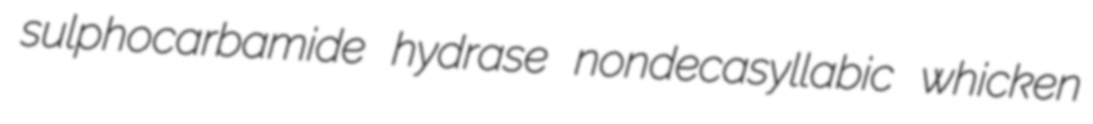
sulphocarbamide hydrase nondecasyllabic whicken